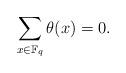
LaTeX: \begin{align*} \sum_{x\in \mathbb{F}_q}\theta(x)=0.\end{align*}